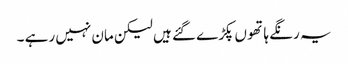
یہ رنگے ہاتھو ں پکڑے گئے ہیں لیکن مان نہیں رہے ۔